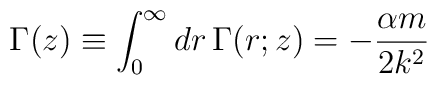
\Gamma(z)\equiv \int_0^\infty dr\, \Gamma(r;z)=-\frac{\alpha m}{2k^2}